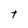
Character: t